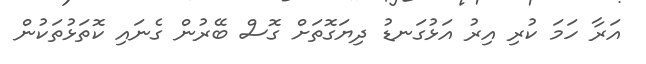
އަރާ ހަމަ ކުރި އިރު އަޅުގަނޑު ދިޔަގޮތަށް ގޮސް ބޭރުން ގެނައި ކޮތަޅުތަކުން